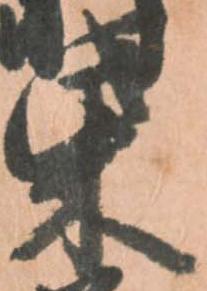
柴